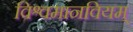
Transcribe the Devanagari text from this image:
विश्वमानवियम्